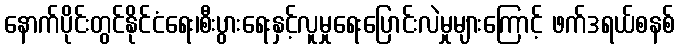
နောက်ပိုင်းတွင်နိုင်ငံရေး၊စီးပွားရေးနှင့်လူမှုရေးပြောင်းလဲမှုများကြောင့် ဖက်ဒရယ်စနစ်